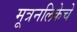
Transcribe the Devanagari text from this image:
मूत्रनलिकेचे